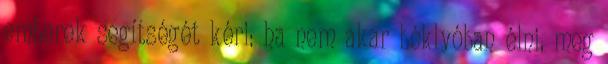
emberek segítségét kéri: ha nem akar béklyóban élni, meg